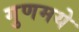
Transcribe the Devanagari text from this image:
गुणमये